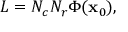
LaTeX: { \cal L } = N _ { c } N _ { r } \Phi ( { \bf x } _ { 0 } ) ,